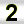
Digit: 2